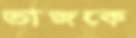
ভাজকে